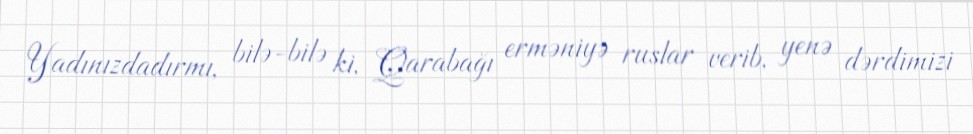
Yadınızdadırmı, bilə-bilə ki, Qarabağı erməniyə ruslar verib, yenə dərdimizi